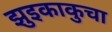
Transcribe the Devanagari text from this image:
झुइकाकुचा